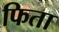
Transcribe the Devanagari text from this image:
फिता